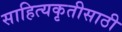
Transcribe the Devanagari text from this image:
साहित्यकृतीसाठी